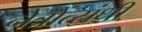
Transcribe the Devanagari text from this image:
नेत्रोंत्संधी